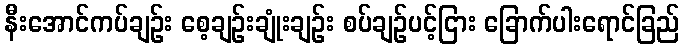
နီးအောင်ကပ်ချဉ်း စေ့ချဉ်းချုံးချဉ်း စပ်ချဉ်ပင့်ငြား ခြောက်ပါးရောင်ခြည်